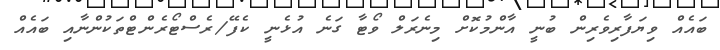
ބައެއް ވިޔަފާރިވެރިން ބުނީ އާންމުކޮށް މިނެރަލް ވޯޓާ ގަނެ އުޅެނީ ކެފޭ/ރެސްޓޯރެންޓްތަކުންނާއި ބައެއް